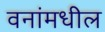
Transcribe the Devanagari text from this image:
वनांमधील